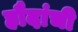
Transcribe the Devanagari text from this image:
हौदांची